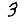
Digit: 3